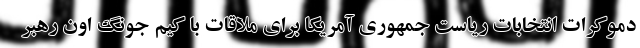
دموکرات انتخابات ریاست جمهوری آمریکا برای ملاقات با کیم جونگ اون رهبر